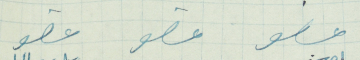
عضو   عضو   عضو